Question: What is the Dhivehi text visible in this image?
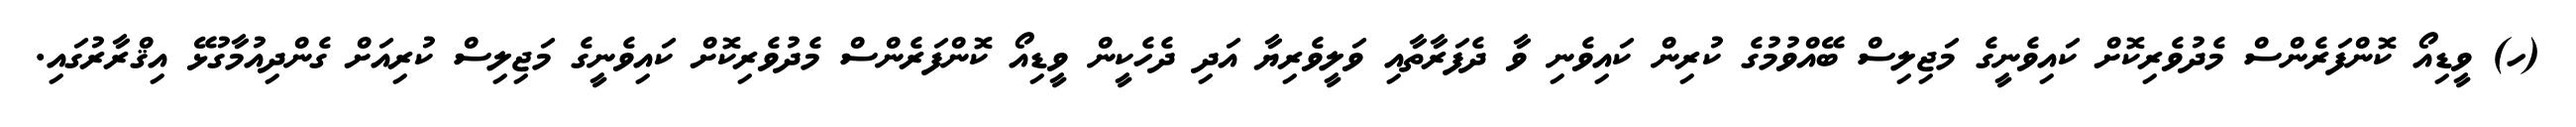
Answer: (ހ) ވީޑިއޯ ކޮންފަރެންސް މެދުވެރިކޮށް ކައިވެނީގެ މަޖިލިސް ބޭއްވުމުގެ ކުރިން ކައިވެނި ވާ ދެފަރާތާއި ވަލީވެރިޔާ އަދި ދެހެކީން ވީޑިއޯ ކޮންފަރެންސް މެދުވެރިކޮށް ކައިވެނީގެ މަޖިލިސް ކުރިއަށް ގެންދިއުމާގުޅޭ އިޤްރާރުގައި.